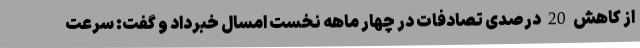
از کاهش 20 درصدی تصادفات در چهار ماهه نخست امسال خبرداد و گفت: سرعت